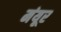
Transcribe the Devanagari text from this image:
मंयूर